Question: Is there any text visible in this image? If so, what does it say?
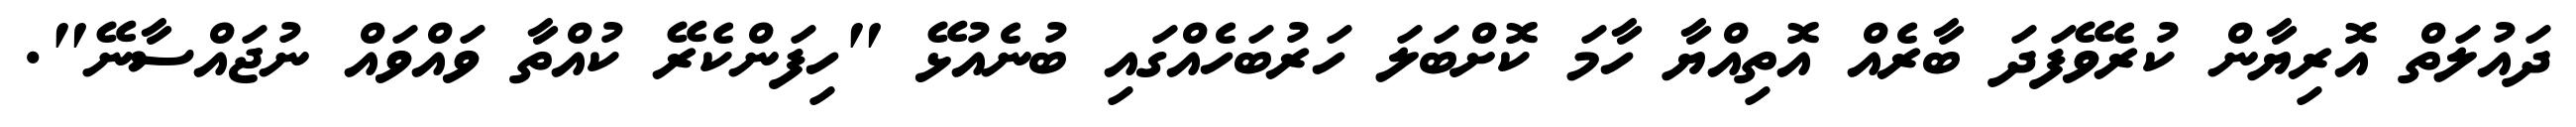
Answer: ދައުލަތް އޮރިޔާން ކުރެވޭފަދަ ބާރެއް އޮތިއްޔާ ހާމަ ކޮށްބަލަ ހަރުބަހެއްގައި ބުނެއުޅޭ "ހިފަންކެރޭ ކުއްތާ ވައްވައް ނުޖައްސާނޭ".